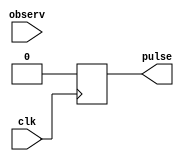
`timescale 1ns / 1ps
//////////////////////////////////////////////////////////////////////////////////
// Company: 
// Engineer: 
// 
// Design Name: 
// Module Name:    genpulse 
// Project Name: 
// Target Devices: 
// Tool versions: 
// Description: 
//
// Dependencies: 
//
// Revision: 
// Revision 0.01 - File Created
// Additional Comments: 
//
//////////////////////////////////////////////////////////////////////////////////
module genpulse(input clk, input [4:0]observ, output reg pulse
    );
reg [5:0]count;
reg change;
initial count=0;
initial pulse=0;
initial change=0;
always@(observ) change<=1;

	always@(posedge clk)
	begin
		if(change)
		begin
			count <= 0;
			change<=0;
		end
		else if(count == 6'b111111)
			count <= 6'b111111;
		else
			count <= count + 1;
	end
	always@(posedge clk)begin
		case(count)
			1:pulse<=1;
			2:pulse<=1;
			default:pulse<=0;
		endcase
	end
endmodule